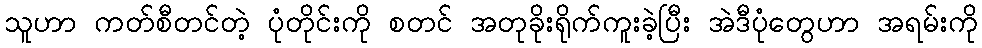
သူဟာ ကတ်စီတင်တဲ့ ပုံတိုင်းကို စတင် အတုခိုးရိုက်ကူးခဲ့ပြီး အဲဒီပုံတွေဟာ အရမ်းကို